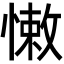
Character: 𢠂